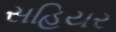
સહિયર